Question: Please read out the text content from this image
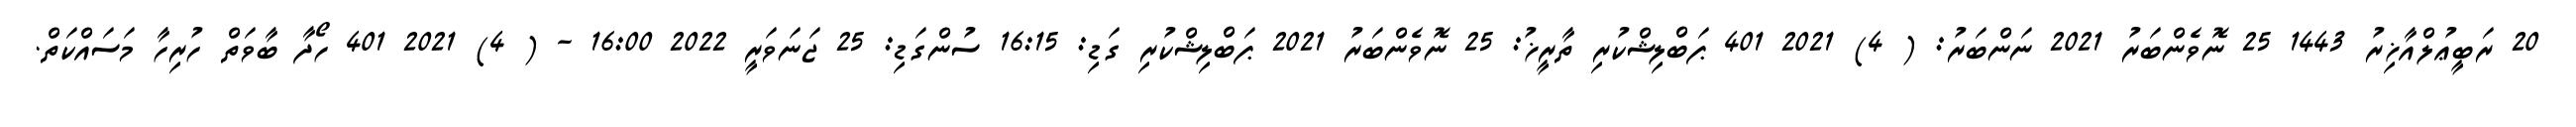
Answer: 20 ރަބީޢުލްއާޚިރު 1443 25 ނޮވެންބަރު 2021 ނަންބަރު: ( 4) 2021 401 ޕަބްލިޝްކުރި ތާރީޚު: 25 ނޮވެންބަރު 2021 ޕަބްލިޝްކުރި ގަޑި: 16:15 ސުންގަޑި: 25 ޖަނަވަރީ 2022 16:00 - ( 4) 2021 401 ހޯދާ ބާވަތް ހުރިހާ މަސައްކަތް.